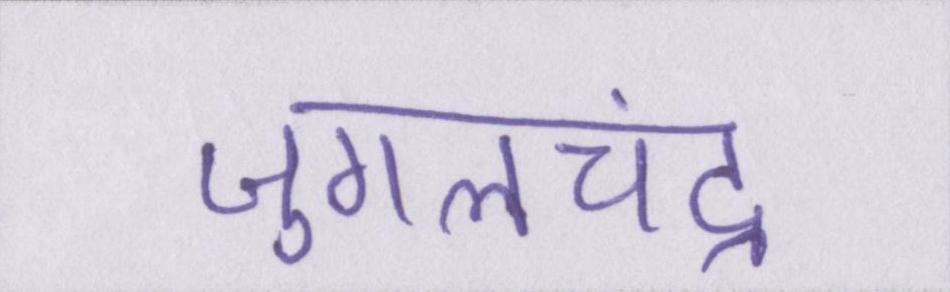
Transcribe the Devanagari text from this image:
जुगलचंद्र